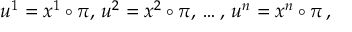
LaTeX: u ^ { 1 } = x ^ { 1 } \circ \pi , \, u ^ { 2 } = x ^ { 2 } \circ \pi , \, \dots , \, u ^ { n } = x ^ { n } \circ \pi \, ,